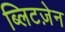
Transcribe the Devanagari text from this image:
ब्लिटज़ेन